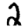
Digit: 2